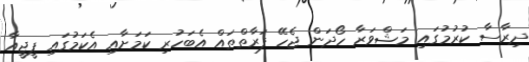
ދިރާސާ ކުރުމުގައި މަޝްވަރާ ހޯދަން ޖެހޭ ފަރާތްތައް އެބަހުރި ކަމަށާއި އެކަމުގައި ޕީޖީއާ